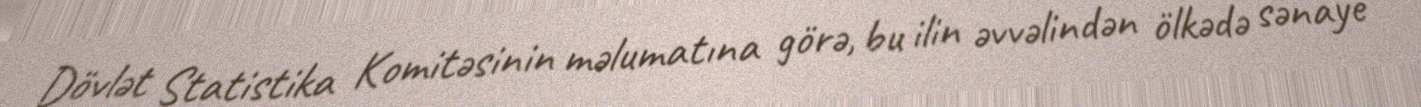
Dövlət Statistika Komitəsinin məlumatına görə, bu ilin əvvəlindən ölkədə sənaye